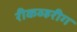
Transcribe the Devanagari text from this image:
रीकव्हरीग